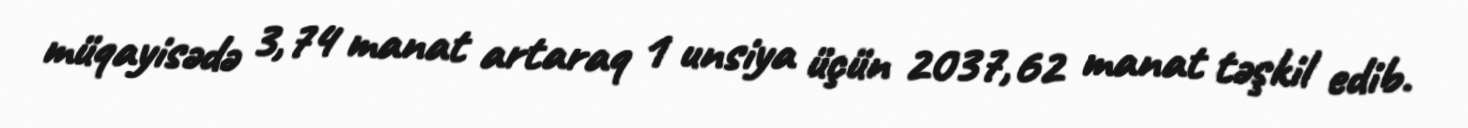
müqayisədə 3,74 manat artaraq 1 unsiya üçün 2037,62 manat təşkil edib.